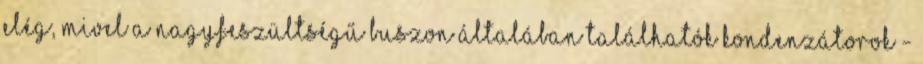
elég, mivel a nagyfeszültségű buszon általában találhatók kondenzátorok -